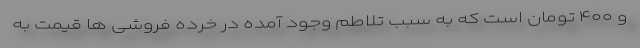
و ۴۰۰ تومان است که به سبب تلاطم وجود آمده در خرده فروشی ها قیمت به